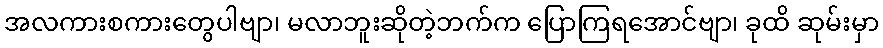
အလကားစကားတွေပါဗျာ၊ မလာဘူးဆိုတဲ့ဘက်က ပြောကြရအောင်ဗျာ၊ ခုထိ ဆုမ်းမှာ